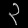
Digit: ၃